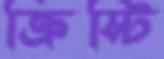
ক্রিস্টি